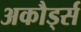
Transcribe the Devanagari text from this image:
अकौर्ड्स